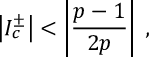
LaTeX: \left| I _ { c } ^ { \pm } \right| < \left| \displaystyle \frac { p - 1 } { 2 p } \right| \: ,